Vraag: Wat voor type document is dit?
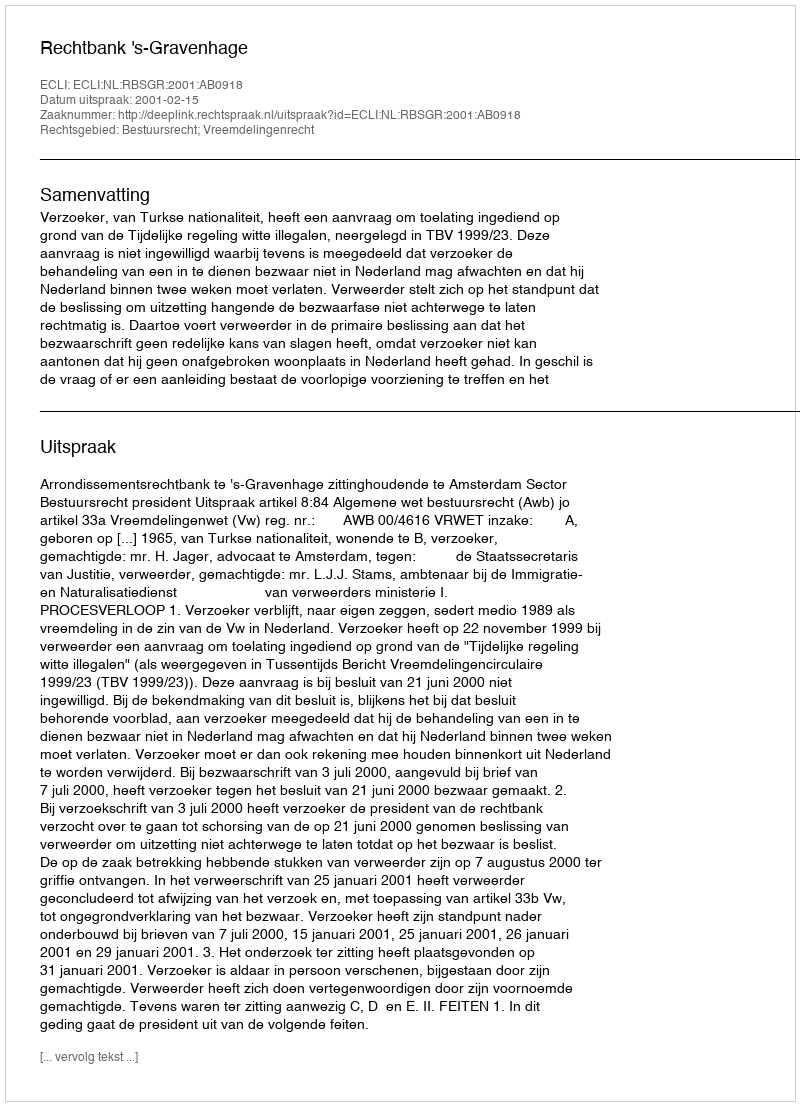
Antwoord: Uitspraak